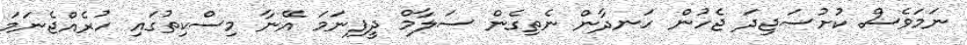
ނަމަވެސް ކުށުސަޖިދަ ޖެހުން ހަނދާން ނެތިގެން ސަލާމް ދީފިނަމަ އޭނާ މިސްކިތުގައި ހުރެއްޖެނަމަ